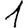
Digit: 1